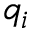
q _ { i }